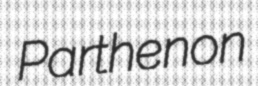
Parthenon